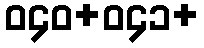
ဝ၄၀+ဝ၄၁+